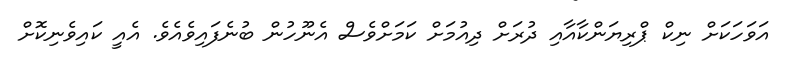
އަވަހަކަށް ނިކް ޕްރިޔަންކާއާއި ދުރަށް ދިއުމަށް ކަމަށްވެސް އެނޫހުން ބުނެފައިވެއެވެ. އެއީ ކައިވެނިކޮށް